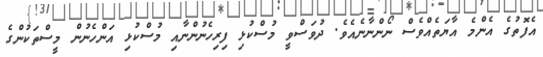
އެފޮތުގެ އެންމެ އާޔަތެއްވެސް ނޯންނާނެއެވެ. ދުވަސްވީ މުސްކުޅި ފިރިހެނުންނާއި މުސްކުޅި އަންހެނުން މީސްތަކުންގެ